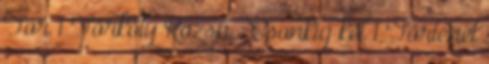
Tor 1 Törköly Rózsa : Csonkig kel 1 Történet